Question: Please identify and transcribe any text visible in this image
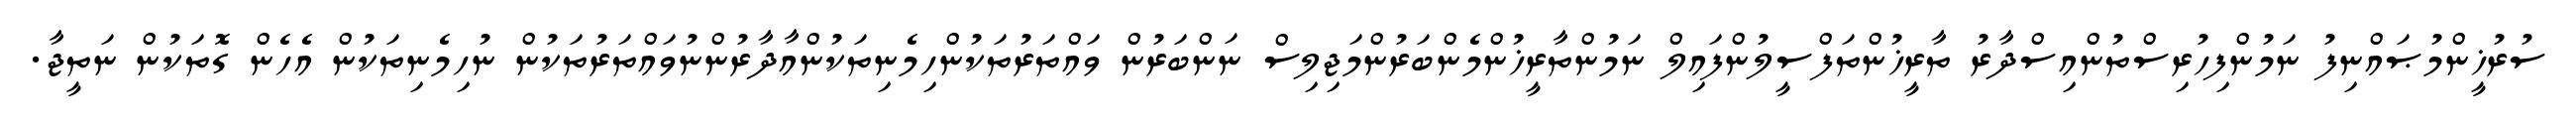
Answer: ސުރުޚީންމުޞައްނިފު ނަމުންފިހުރިސްތުންއިސްދާރު ތާރީޚުންތަފްސީލުންފައިލް ނަމުންތާރީޚުންމެންބަރުންމަޖިލިސް ނަންބަރުން ވައްތަރުތަކުންހިމެނިތަކުންއާދާރުންނުވައްތަރުތަކުން ނުހިމެނިތަކުން އެހެން ގޮތަކުން ނަތީޖާ.